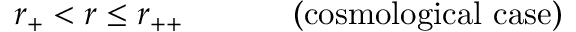
r _ { + } < r \leq r _ { + + } \ \ \ \ \ \ \ \ \ \mathrm { ~ ( c o s m o l o g i c a l ~ c a s e ) }